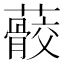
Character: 䕧